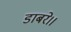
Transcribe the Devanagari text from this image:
डाबरे।।